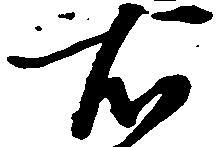
右